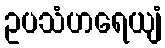
ဥပသံဟရေယျံ